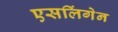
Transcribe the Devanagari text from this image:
एसलिंगेन